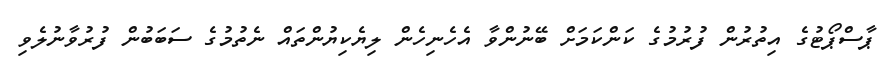
ޕާސްޕޯޓުގެ އިތުރުން ފުރުމުގެ ކަންކަމަށް ބޭނުންވާ އެހެނިހެން ލިޔެކިޔުންތައް ނެތުމުގެ ސަބަބުން ފުރުވާނުލެވި